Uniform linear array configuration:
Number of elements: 32
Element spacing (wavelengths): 1
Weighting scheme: binomial
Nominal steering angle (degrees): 0
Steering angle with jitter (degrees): -1.798
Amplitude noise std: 0.05
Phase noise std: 0.05

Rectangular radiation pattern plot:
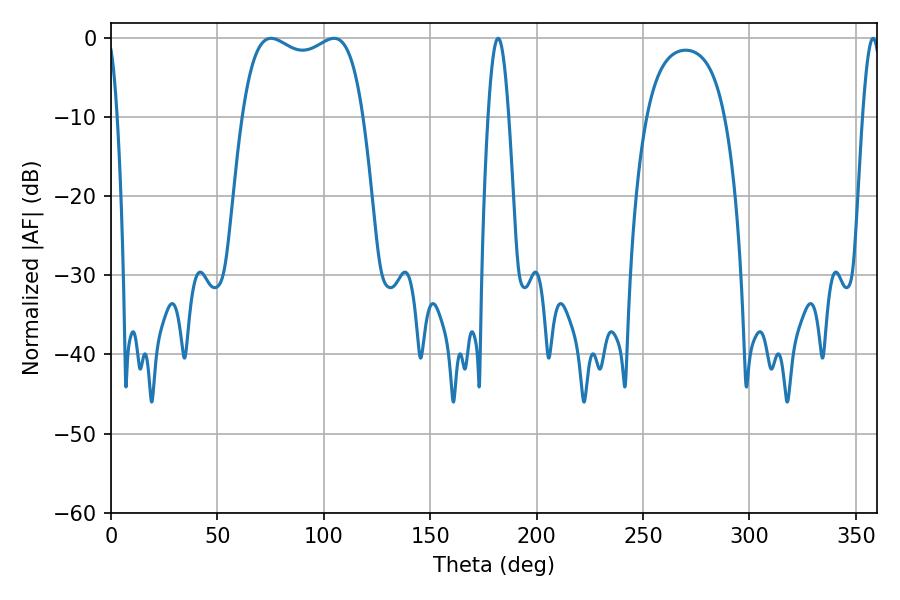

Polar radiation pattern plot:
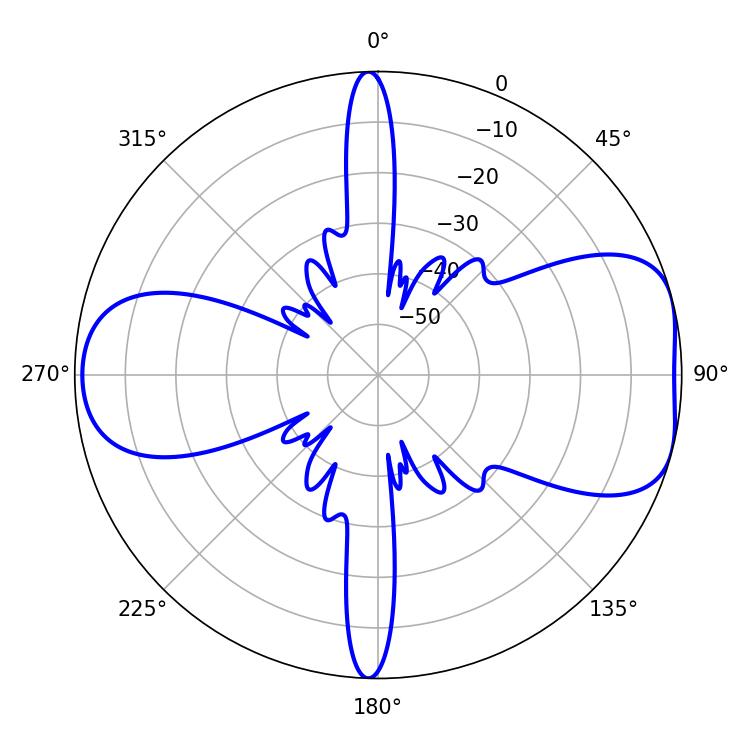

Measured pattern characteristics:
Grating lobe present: TRUE
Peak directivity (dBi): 7.025
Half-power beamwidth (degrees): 46.08
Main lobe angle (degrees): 75.24